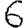
Digit: 6